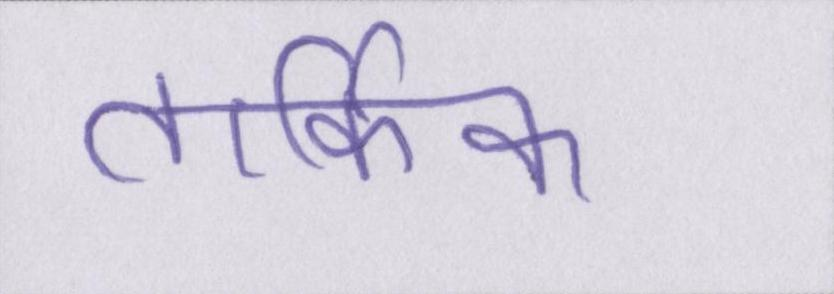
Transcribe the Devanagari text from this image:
तार्किक